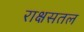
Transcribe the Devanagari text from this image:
राक्षसतल